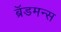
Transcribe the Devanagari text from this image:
ब्रॅडमन्स